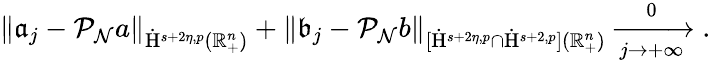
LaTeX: \begin{array}{r}{\lVert\mathfrak{a}_{j}-\mathcal{P}_{\mathcal{N}}a\rVert_{\dot{\mathrm{H}}^{s+2\eta,p}(\mathbb{R}_{+}^{n})}+\lVert\mathfrak{b}_{j}-\mathcal{P}_{\mathcal{N}}b\rVert_{[\dot{\mathrm{H}}^{s+2\eta,p}\cap\dot{\mathrm{H}}^{s+2,p}](\mathbb{R}_{+}^{n})}\xrightarrow[j\rightarrow+\infty]0\mathrm{.~}}\end{array}